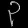
Digit: ၃